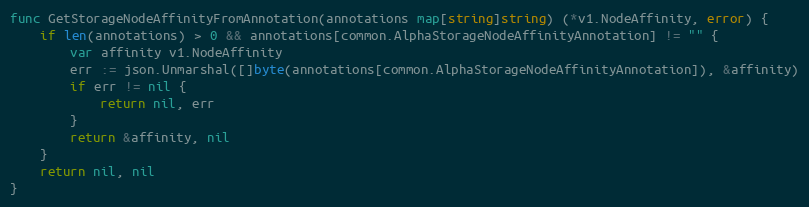
Language: Go
func GetStorageNodeAffinityFromAnnotation(annotations map[string]string) (*v1.NodeAffinity, error) {
	if len(annotations) > 0 && annotations[common.AlphaStorageNodeAffinityAnnotation] != "" {
		var affinity v1.NodeAffinity
		err := json.Unmarshal([]byte(annotations[common.AlphaStorageNodeAffinityAnnotation]), &affinity)
		if err != nil {
			return nil, err
		}
		return &affinity, nil
	}
	return nil, nil
}